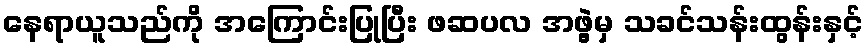
နေရာယူသည်ကို အကြောင်းပြုပြီး ဖဆပလ အဖွဲ့မှ သခင်သန်းထွန်းနှင့်